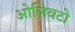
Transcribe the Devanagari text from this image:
ओलिवटो